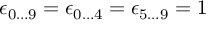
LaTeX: \epsilon _ { 0 \ldots 9 } = \epsilon _ { 0 \ldots 4 } = \epsilon _ { 5 \ldots 9 } = 1